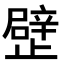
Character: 𣦢